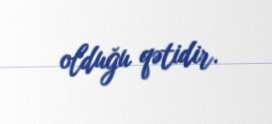
olduğu qətidir.